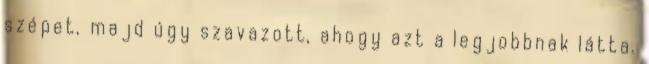
szépet, majd úgy szavazott, ahogy azt a legjobbnak látta.